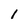
Character: l